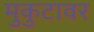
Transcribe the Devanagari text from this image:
मुकुटावर